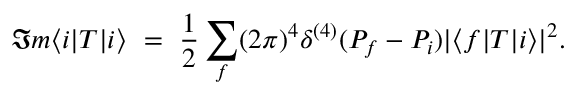
\Im m \langle i | T | i \rangle \ = \ \frac { 1 } { 2 } \sum _ { f } ( 2 \pi ) ^ { 4 } \delta ^ { ( 4 ) } ( P _ { f } - P _ { i } ) | \langle f | T | i \rangle | ^ { 2 } .